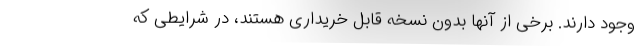
وجود دارند. برخی از آنها بدون نسخه قابل خریداری هستند، در شرایطی که